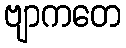
ဗျာကတေ